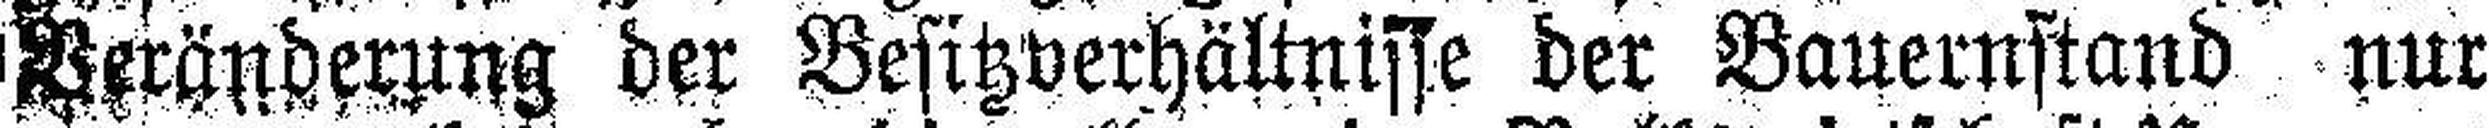
Veränderung der Besitzverhältnisse der Bauernstand nur